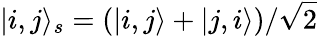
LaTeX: |i,j\rangle_{s}=(|i,j\rangle+|j,i\rangle)/\sqrt{2}